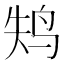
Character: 𱉚